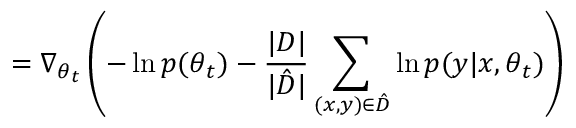
= \nabla _ { \boldsymbol { \theta } _ { t } } \left( - \ln { p ( \boldsymbol { \theta } _ { t } ) } - \frac { | D | } { | \hat { D } | } \sum _ { ( \boldsymbol { x } , \boldsymbol { y } ) \in \hat { D } } \ln { p ( \boldsymbol { y } | \boldsymbol { x } , \boldsymbol { \theta } _ { t } ) } \right)